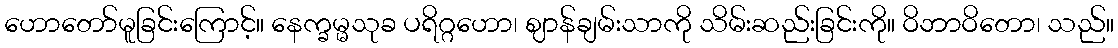
ဟောတော်မူခြင်းကြောင့်။ နေက္ခမ္မသုခ ပရိဂ္ဂဟော၊ ဈာန်ချမ်းသာကို သိမ်းဆည်းခြင်းကို။ ဝိဘာဝိတော၊ သည်။